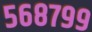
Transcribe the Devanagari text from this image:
५६८७९९